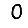
Digit: 0